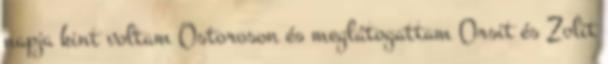
napja kint voltam Ostoroson és meglátogattam Orsit és Zolit